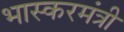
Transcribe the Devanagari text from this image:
भास्करमंत्री